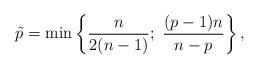
LaTeX: \begin{align*}\tilde{p} = \min\left\{\frac{n}{2(n-1)}; \ \frac{(p-1)n}{n-p}\right\},\end{align*}